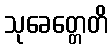
သုခေတ္တေတိ